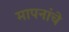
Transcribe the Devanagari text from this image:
मापनांचे